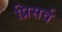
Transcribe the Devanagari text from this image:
प्रिसर्व